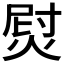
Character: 𱫞